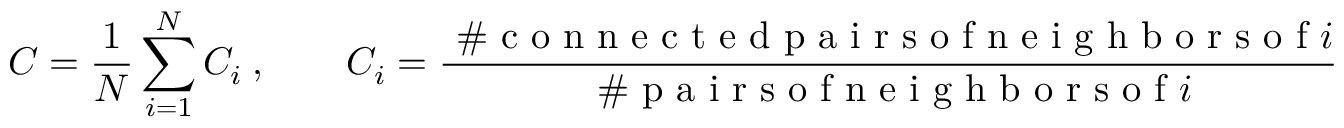
C = \frac { 1 } { N } \sum _ { i = 1 } ^ { N } C _ { i } \ , \qquad C _ { i } = \frac { \mathrm { ~ \# ~ c ~ o ~ n ~ n ~ e ~ c ~ t ~ e ~ d ~ p ~ a ~ i ~ r ~ s ~ o ~ f ~ n ~ e ~ i ~ g ~ h ~ b ~ o ~ r ~ s ~ o ~ f ~ } i } { \mathrm { ~ \# ~ p ~ a ~ i ~ r ~ s ~ o ~ f ~ n ~ e ~ i ~ g ~ h ~ b ~ o ~ r ~ s ~ o ~ f ~ } i } = \frac { \sum _ { j , l } a _ { i j } a _ { j l } a _ { i l } } { k _ { i } ( k _ { i } - 1 ) } \ .